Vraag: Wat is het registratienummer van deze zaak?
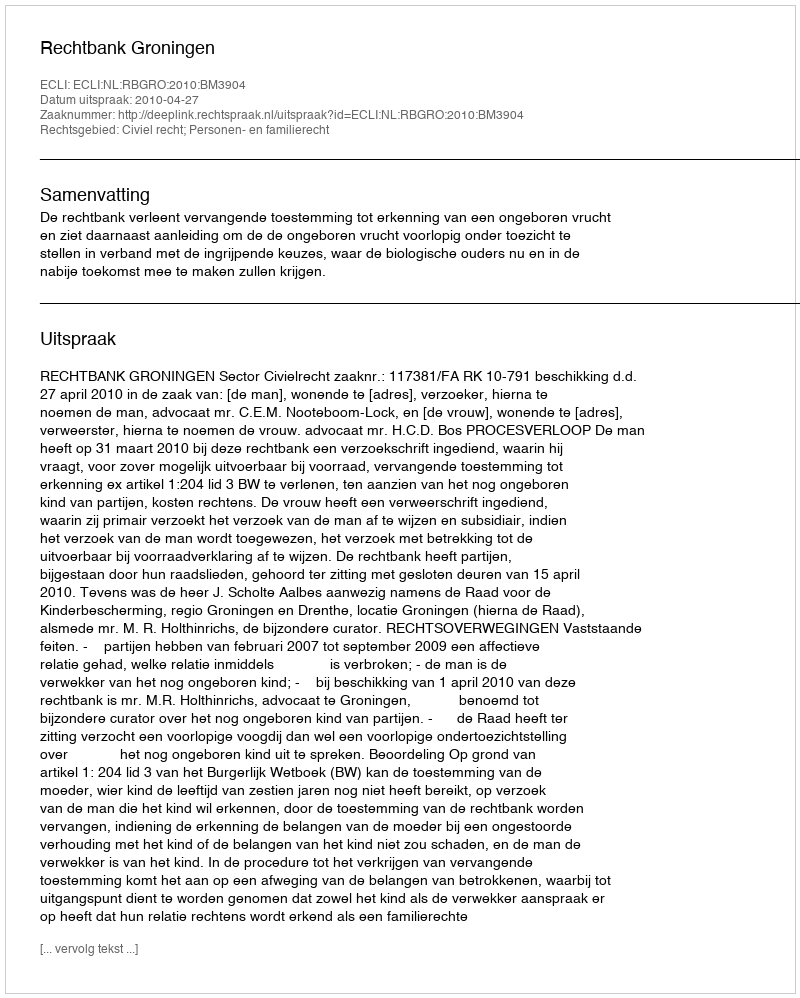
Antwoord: http://deeplink.rechtspraak.nl/uitspraak?id=ECLI:NL:RBGRO:2010:BM3904